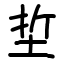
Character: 埑